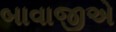
બાવાજીએ